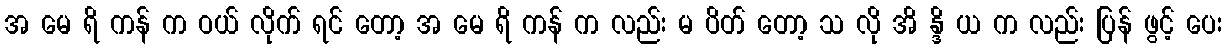
အ မေ ရိ ကန် က ဝယ် လိုက် ရင် တော့ အ မေ ရိ ကန် က လည်း မ ပိတ် တော့ သ လို အိ န္ဒိ ယ က လည်း ပြန် ဖွင့် ပေး